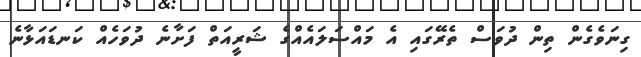
ގިނަވެގެން ތިން ދުވަސް ތެރޭގައި އެ މައްސަލައެއްގެ ޝަރީއަތް ފަށާނެ ދުވަހެއް ކަނޑައަޅާނެ